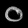
Digit: ၀